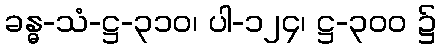
ခန္ဓ-သံ-ဋ္ဌ-၃၁၀၊ ပါ-၁၂၄၊ ဋ္ဌ-၃၀၀ ၌